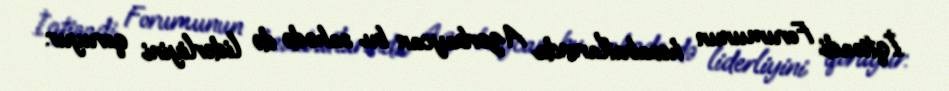
İqtisadi Forumunun hesabatlarında Azərbaycan bu sahədə də liderliyini qoruyur.